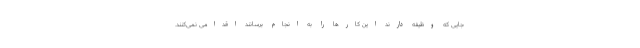
جایی که وظیفه دارند این کارها را به انجام برسانند اقدامی نمی‌کنند.